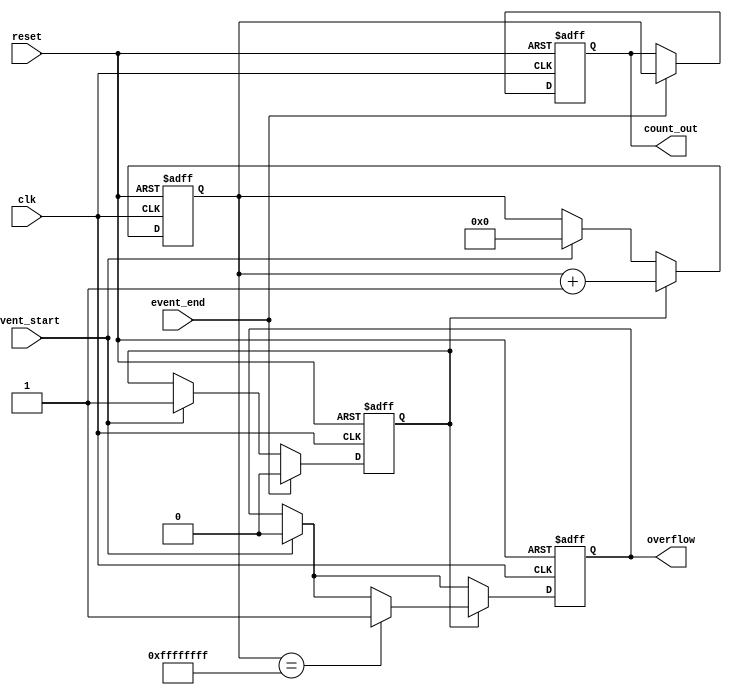
module TDC (
    input wire clk,               // High-frequency clock
    input wire reset,             // Asynchronous reset
    input wire event_start,       // Start event signal
    input wire event_end,         // End event signal
    output reg [31:0] count_out,  // Latch output for the count value
    output reg overflow           // Overflow indicator
);
    reg [31:0] counter;           // Counter for clock cycles
    reg counting;                 // State to indicate counting is active

    always @(posedge clk or posedge reset) begin
        if (reset) begin
            counter <= 32'b0;     // Reset counter
            count_out <= 32'b0;   // Reset output
            overflow <= 1'b0;      // Reset overflow flag
            counting <= 1'b0;      // Reset counting state
        end else begin
            if (event_start) begin
                counting <= 1'b1;  // Start counting on event_start
                counter <= 32'b0;   // Reset counter at start
                overflow <= 1'b0;    // Reset overflow flag
            end

            if (counting) begin
                counter <= counter + 1; // Increment counter
                if (counter == 32'hFFFFFFFF) begin
                    overflow <= 1'b1; // Set overflow flag if counter overflows
                end
            end

            if (event_end) begin
                counting <= 1'b0;  // Stop counting on event_end
                count_out <= counter; // Latch the counter value
            end
        end
    end
endmodule